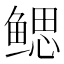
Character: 鳃